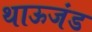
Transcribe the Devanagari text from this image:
थाऊजंड